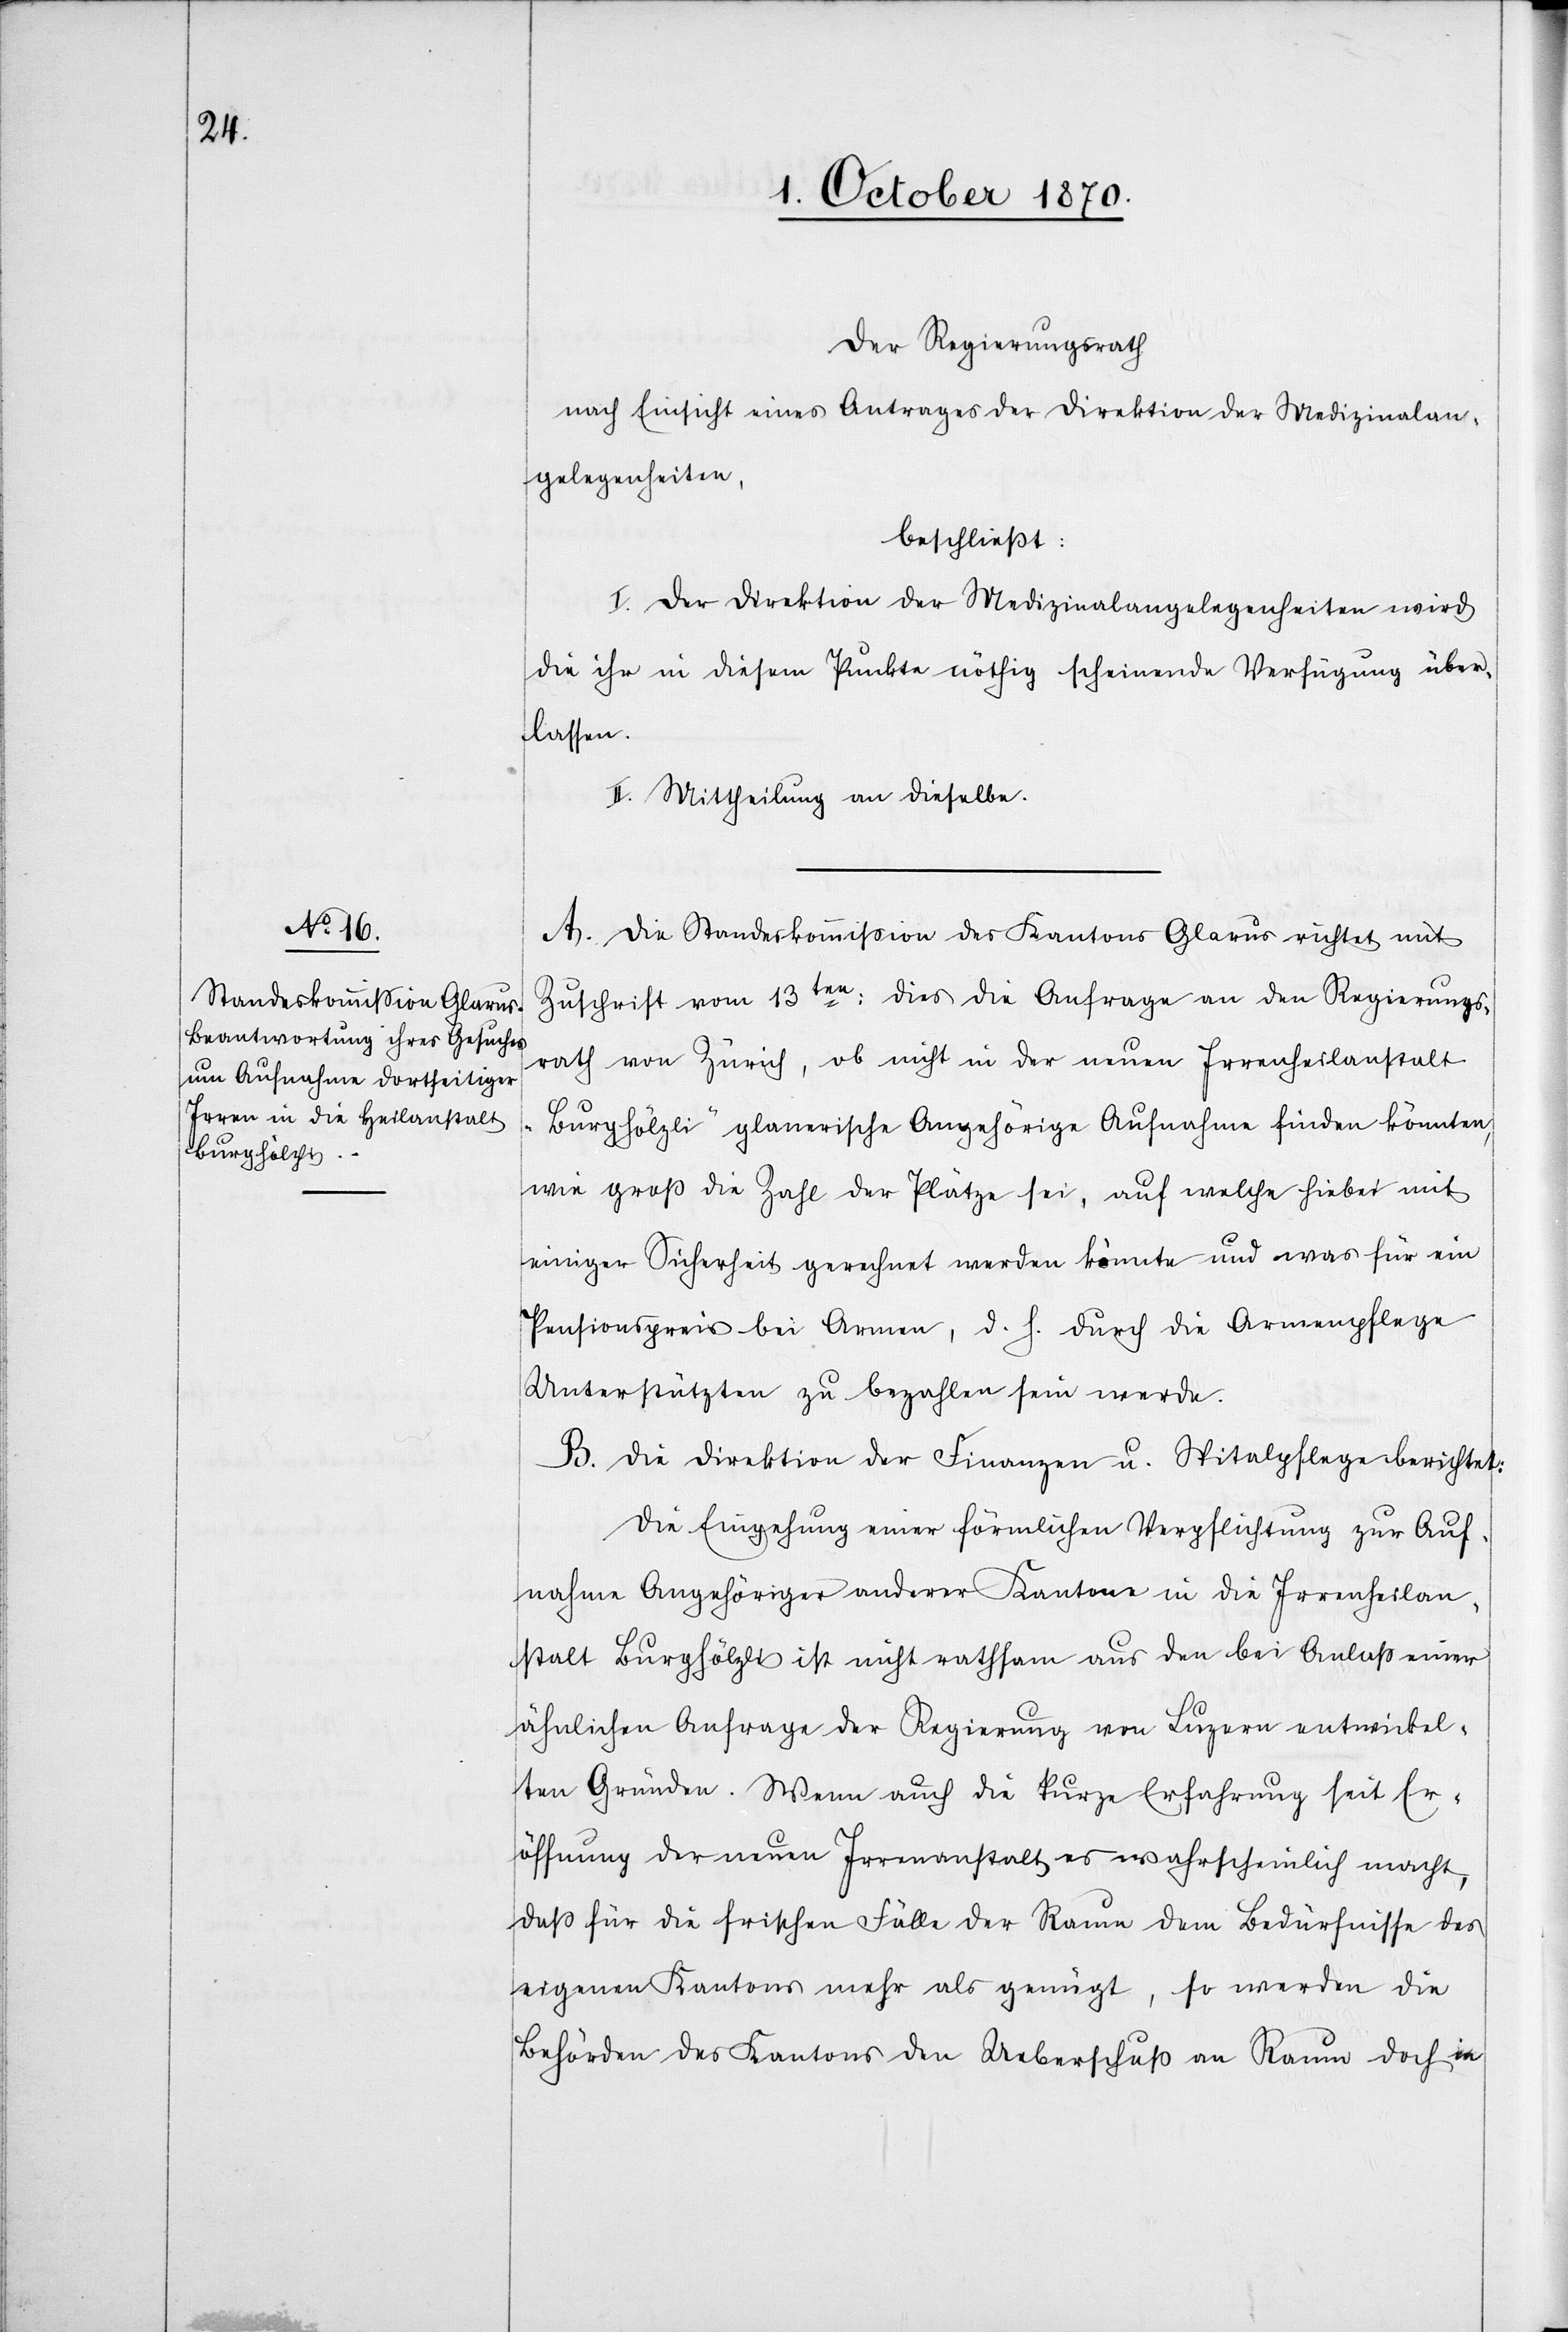
Der Regierungsrath
nach Einsicht eines Antrages der Direktion der Medizinalan¬
gelegenheiten,
beschließt:
I. Der Direktion der Medizinalangelegenheiten wird
die ihr in diesem Punkte nöthig scheinende Verfügung über¬
lassen.
II. Mittheilung an dieselbe.
A. Die Standeskommission des Kantons Glarus richtet mit
Zuschrift vom 13ten: dies die Anfrage an den Regierungs¬
rath von Zürich, ob nicht in der neuen Irrenheilanstalt
„Burghölzli“ glanerische Angehörige Aufnahme finden könnten,
wie groß die Zahl der Plätze sei, auf welche hiebei mit
einiger Sicherheit gerechnet werden könnte und was für ein
Pensionspreis bei Armen, d. h. durch die Armenpflege
Unterstützten zu bezahlen sein werde.
B. Die Direktion der Finanzen und Spitalpflege berichtet:
Die Eingehung einer förmlichen Verpflichtung zur Auf¬
nahme Angehöriger anderer Kantone in die Irrenheilan¬
stalt Burghölzli ist nicht rathsam aus den bei Anlaß einer
ähnlichen Anfrage der Regierung von Luzern entwickel¬
ten Gründen. Wenn auch die kurze Erfahrung seit Er¬
öffnung der neuen Irrenanstalt es wahrscheinlich macht,
daß für die frischen Fälle der Raum dem Bedürfnisse des
eigenen Kantons mehr als genügt, so werden die
Behörden des Kantons den Ueberschuß an Raum doch in